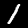
Label: 1